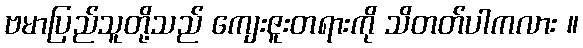
ဗမာပြည်သူတို့သည် ကျေးဇူးတရားကို သိတတ်ပါကလား ။